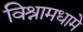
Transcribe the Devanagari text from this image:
विश्रामधामे